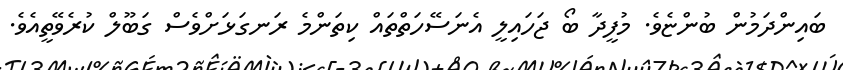
ބައިންދަމުން ބުންޏެވެ. މުފީދާ ބޯ ޖަހައިލީ އެނަސޭހަތްތައް ކިތަންމެ ރަނގަޅަށްވެސް ގަބޫލް ކުރެވޭތީއެވެ.